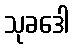
သုခဒေါ